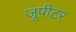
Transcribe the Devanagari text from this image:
जूपीटर